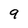
Character: 9